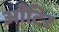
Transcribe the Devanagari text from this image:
आँटिर